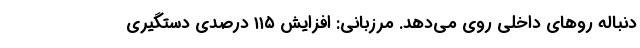
دنباله رو‌های داخلی روی می‌دهد. مرزبانی: افزایش ۱۱۵ درصدی دستگیری